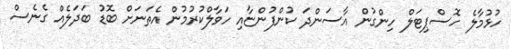
ހުޅުމާލެ ހޮސްޕިޓަލް ހިންގުން އާސަންދަ ކުންފުންޏާއި ހަވާލްކުރުމުން އެތަނަށް ބޮޑު ބަދަލެއް ގެނެސް